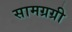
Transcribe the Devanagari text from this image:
सामग्रग्री